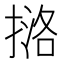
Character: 𪮔